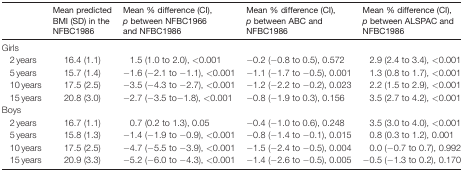
<table><thead><tr><td></td><td><b>Mean predicted BMI (SD) in the NFBC1986</b></td><td><b>Mean % difference (CI), <i>p</i> between NFBC1966 and NFBC1986</b></td><td><b>Mean % difference (CI), <i>p</i> between ABC and NFBC1986</b></td><td><b>Mean % difference (CI), <i>p</i> between ALSPAC and NFBC1986</b></td></tr></thead><tbody><tr><td colspan="5">Girls</td></tr><tr><td>2 years</td><td>16.4 (1.1)</td><td>1.5 (1.0 to 2.0), &lt;0.001</td><td>−0.2 (−0.8 to 0.5), 0.572</td><td>2.9 (2.4 to 3.4), &lt;0.001</td></tr><tr><td>5 years</td><td>15.7 (1.4)</td><td>−1.6 (−2.1 to −1.1), &lt;0.001</td><td>−1.1 (−1.7 to −0.5), 0.001</td><td>1.3 (0.8 to 1.7), &lt;0.001</td></tr><tr><td>10 years</td><td>17.5 (2.5)</td><td>−3.5 (−4.3 to −2.7), &lt;0.001</td><td>−1.2 (−2.2 to −0.2), 0.023</td><td>2.2 (1.5 to 2.9), &lt;0.001</td></tr><tr><td>15 years</td><td>20.8 (3.0)</td><td>−2.7 (−3.5 to−1.8), &lt;0.001</td><td>−0.8 (−1.9 to 0.3), 0.156</td><td>3.5 (2.7 to 4.2), &lt;0.001</td></tr><tr><td colspan="5">Boys</td></tr><tr><td>2 years</td><td>16.7 (1.1)</td><td>0.7 (0.2 to 1.3), 0.05</td><td>−0.4 (−1.0 to 0.6), 0.248</td><td>3.5 (3.0 to 4.0), &lt;0.001</td></tr><tr><td>5 years</td><td>15.8 (1.3)</td><td>−1.4 (−1.9 to −0.9), &lt;0.001</td><td>−0.8 (−1.4 to −0.1), 0.015</td><td>0.8 (0.3 to 1.2), 0.001</td></tr><tr><td>10 years</td><td>17.5 (2.5)</td><td>−4.7 (−5.5 to −3.9), &lt;0.001</td><td>−1.5 (−2.4 to −0.5), 0.004</td><td>0.0 (−0.7 to 0.7), 0.992</td></tr><tr><td>15 years</td><td>20.9 (3.3)</td><td>−5.2 (−6.0 to −4.3), &lt;0.001</td><td>−1.4 (−2.6 to −0.5), 0.005</td><td>−0.5 (−1.3 to 0.2), 0.170</td></tr></tbody></table>